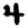
Digit: 4